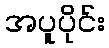
အပူပိုင်း